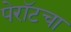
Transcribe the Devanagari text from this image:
पेरॉटचा